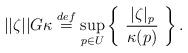
LaTeX: \begin{align*} ||\zeta||G\kappa \stackrel{def}{=} \sup_{p \in U} \left\{ \ \frac{|\zeta|_p}{\kappa(p)} \ \right\}.\end{align*}